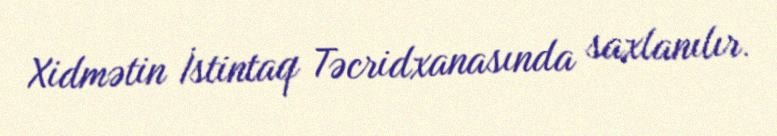
Xidmətin İstintaq Təcridxanasında saxlanılır.